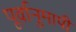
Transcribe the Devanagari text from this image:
पूर्वानुमापी